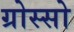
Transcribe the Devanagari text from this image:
ग्रोस्सो